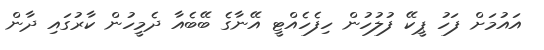
އައުމަށް ފަހު ޕީކޭ ފުލުހުން ހިފެހެއްޓީ އޭނާގެ ބޭބެއާ ދެމީހުން ކާރުގައި ދާން